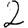
Digit: 2